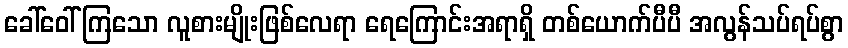
ခေါ်ဝေါ်ကြသော လူစားမျိုးဖြစ်လေရာ ရေကြောင်းအရာရှိ တစ်ယောက်ပီပီ အလွန်သပ်ရပ်စွာ